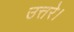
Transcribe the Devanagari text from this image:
उत्तरे।